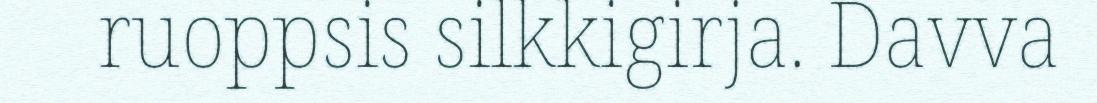
ruoppsis silkkigirja. Davva